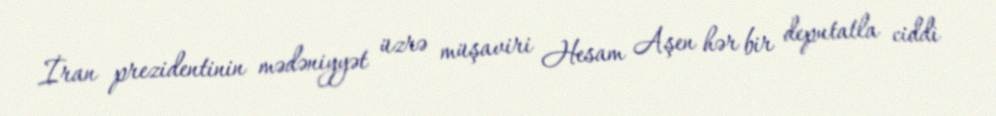
İran prezidentinin mədəniyyət üzrə müşaviri Hesam Aşen hər bir deputatla ciddi